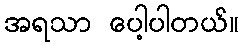
အရသာ ပေါ့ပါတယ်။